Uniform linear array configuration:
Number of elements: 48
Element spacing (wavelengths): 0.25
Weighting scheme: binomial
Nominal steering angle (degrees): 60
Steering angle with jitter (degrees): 61.169
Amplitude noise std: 0.05
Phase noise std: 0.05

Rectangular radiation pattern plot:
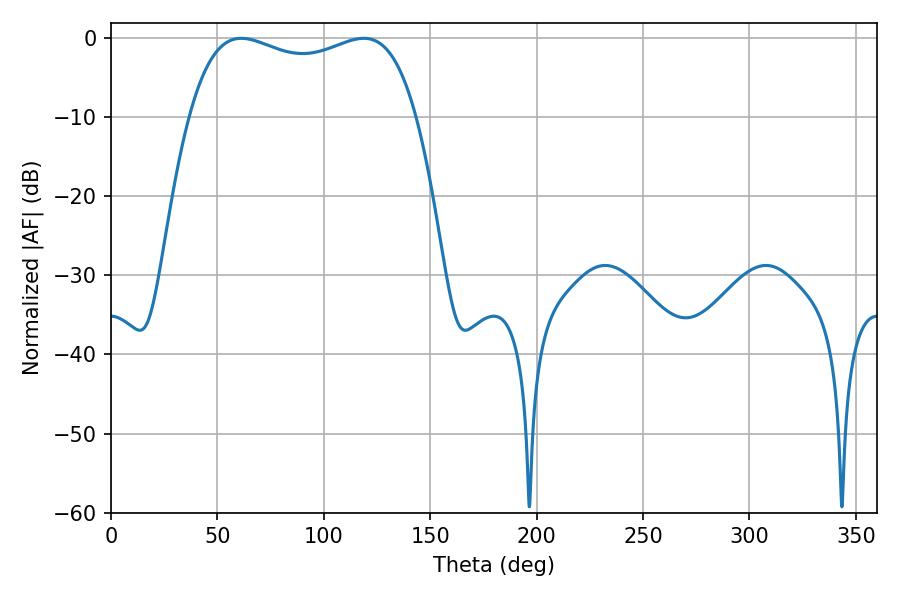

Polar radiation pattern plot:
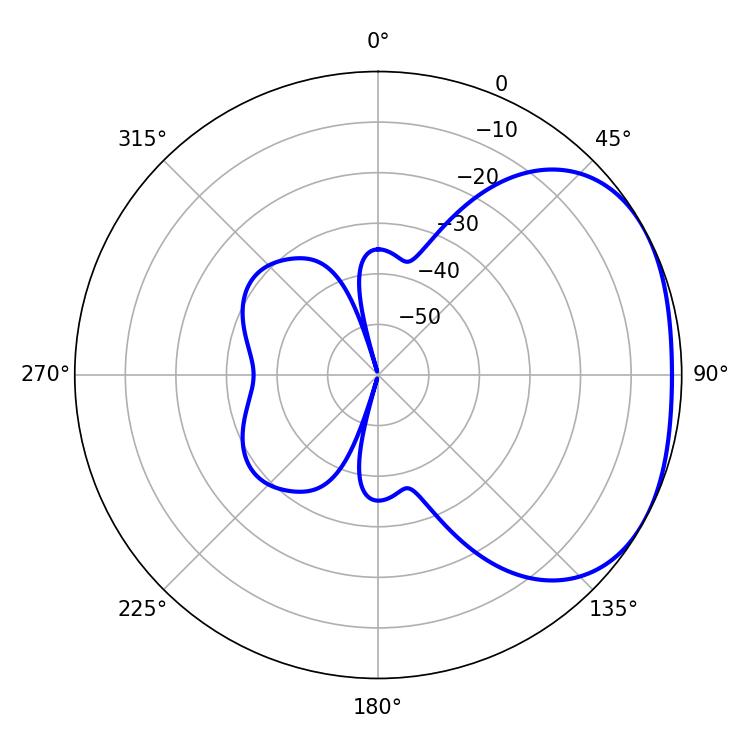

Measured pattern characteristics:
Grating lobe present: FALSE
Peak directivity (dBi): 2.28
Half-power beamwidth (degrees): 87.12
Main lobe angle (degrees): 61.2